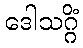
ဒေါသဂ္ဂိံ